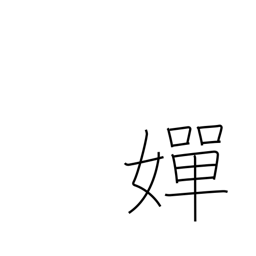
Meaning: beautiful